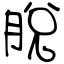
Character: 脫